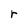
Character: r